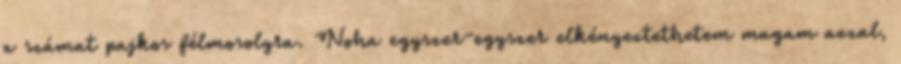
a számat pajkos félmosolyra. Noha egyszer-egyszer elkényeztethetem magam azzal,